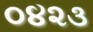
૦૪૨૩